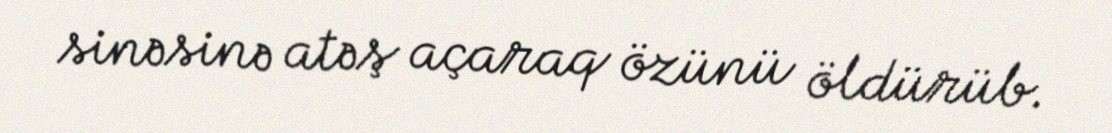
sinəsinə atəş açaraq özünü öldürüb.